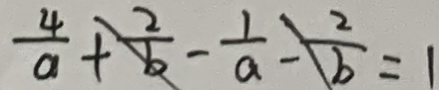
\frac { 4 } { a } + \frac { 2 } { b } - \frac { 1 } { a } - \frac { 2 } { b } = 1